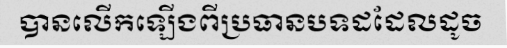
បានលើកឡើងពីប្រធានបទដដែលដូច